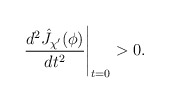
\begin{align*}\frac{d^2 \hat J_{\chi'}(\phi)}{d t^2} \Bigg|_{t = 0} > 0 .\end{align*}